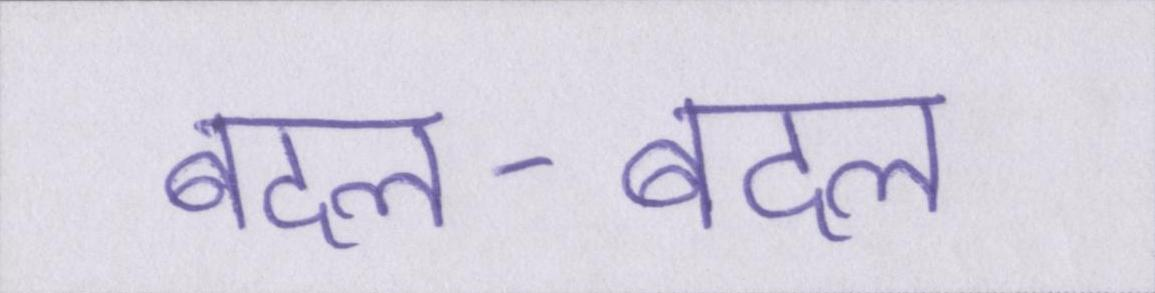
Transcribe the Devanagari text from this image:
बदल-बदल